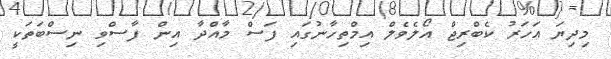
މިދިޔަ އަހަރު ކެބްރިޖް އޯލެވެލް އިމްތިހާނުގައި ފަސް މާއްދާ އިން ފާސްވި ނިސްބަތަކީ